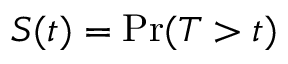
S ( t ) = \operatorname* { P r } ( T > t )